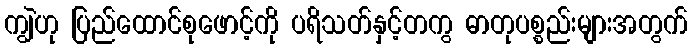
ကျွဲဟု ပြည်ထောင်စုဖောင့်ကို ပရိသတ်နှင့်တကွ ဓာတုပစ္စည်းများအတွက်